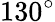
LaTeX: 130^{\circ}